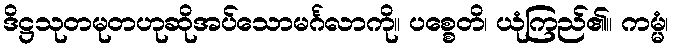
ဒိဋ္ဌသုတမုတဟုဆိုအပ်သောမင်္ဂလာကို။ ပစ္စေတိ၊ ယုံကြည်၏။ ကမ္မံ၊